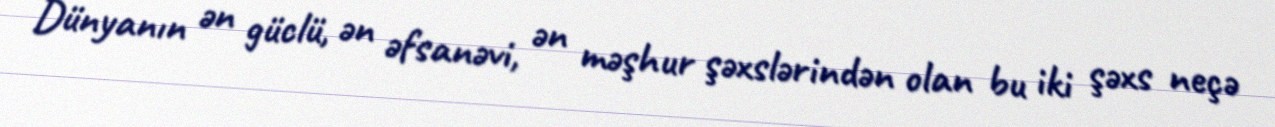
Dünyanın ən güclü, ən əfsanəvi, ən məşhur şəxslərindən olan bu iki şəxs neçə